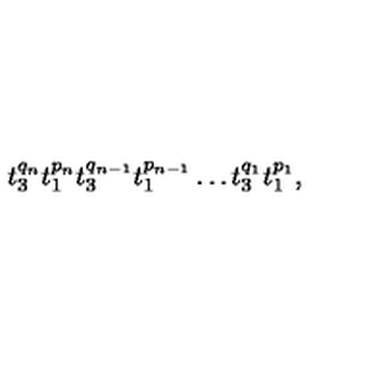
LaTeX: t _ { 3 } ^ { q _ { n } } t _ { 1 } ^ { p _ { n } } t _ { 3 } ^ { q _ { n - 1 } } t _ { 1 } ^ { p _ { n - 1 } } \ldots t _ { 3 } ^ { q _ { 1 } } t _ { 1 } ^ { p _ { 1 } } ,